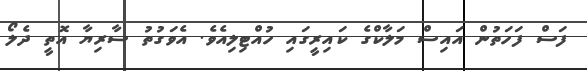
ފަސް ފަހަތުން އައިސް މަލާކްގެ ކައިރީގައި ހުއްޓިލިއެވެ. އެވަގުތު ސާރިޔާ އޮތީ ދެލޯ